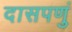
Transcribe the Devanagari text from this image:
दासपणुं